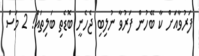
ފަރުވާއަށް ކާ ބޭހުން ފަރުވާ ނުލިބި ޖެހެނީ ބޮޑެތި ބަލިތައް! 2 މަސް